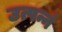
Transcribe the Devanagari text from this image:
उत्पन्नं